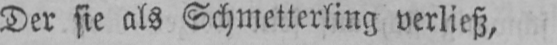
Der sie als Schmetterling verließ,